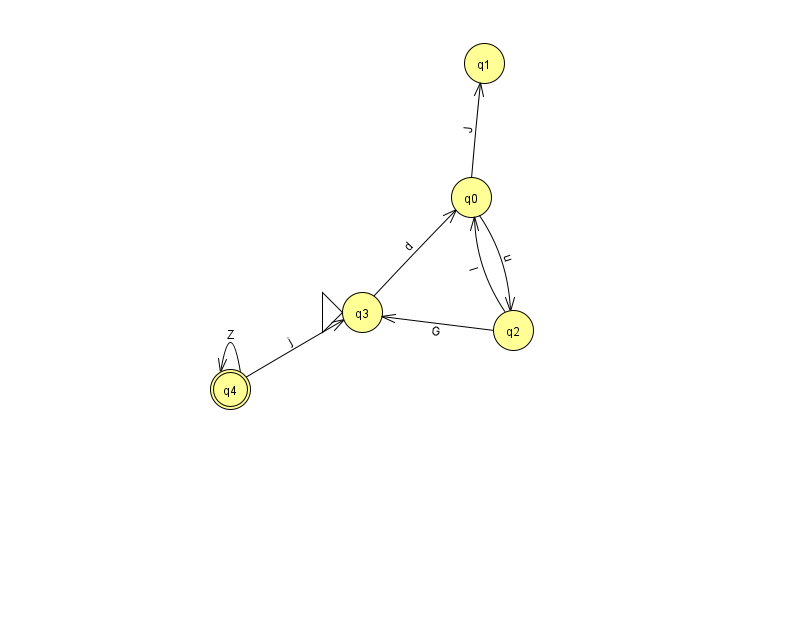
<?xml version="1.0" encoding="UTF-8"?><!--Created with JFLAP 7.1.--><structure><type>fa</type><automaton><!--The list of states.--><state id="0" name="q0"><x>471.0</x><y>184.0</y></state><state id="1" name="q1"><x>484.0</x><y>50.0</y></state><state id="2" name="q2"><x>513.0</x><y>317.0</y></state><state id="3" name="q3"><x>362.0</x><y>299.0</y><initial/></state><state id="4" name="q4"><x>230.0</x><y>376.0</y><final/></state><!--The list of transitions.--><transition><from>2</from><to>0</to><read>I</read></transition><transition><from>4</from><to>3</to><read>j</read></transition><transition><from>3</from><to>0</to><read>d</read></transition><transition><from>2</from><to>3</to><read>G</read></transition><transition><from>4</from><to>4</to><read>Z</read></transition><transition><from>0</from><to>2</to><read>u</read></transition><transition><from>0</from><to>1</to><read>J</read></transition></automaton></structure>